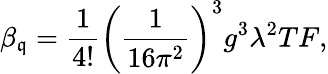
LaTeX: \beta_{\mathfrak{q}}={\frac{{1}}{{4!}}}\left({\frac{{1}}{{16\pi^{2}}}}\right)^{3}g^{3}\lambda^{2}TF,